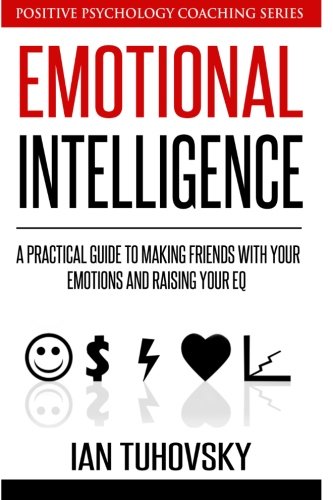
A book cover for Emotional Intelligence: A Practical Guide to Making Friends with Your Emotions and Raising Your EQ (Positive Psychology Coaching Series) (Volume 8); Ian Tuhovsky; Health, Fitness & Dieting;